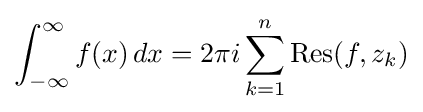
\int _{-\infty }^{\infty }f(x)\,dx=2\pi i\sum _{k=1}^{n}\operatorname {Res} (f,z_{k})